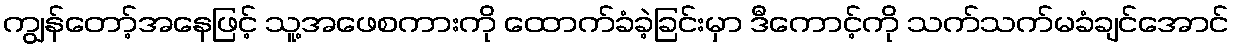
ကျွန်တော့်အနေဖြင့် သူ့အဖေစကားကို ထောက်ခံခဲ့ခြင်းမှာ ဒီကောင့်ကို သက်သက်မခံချင်အောင်